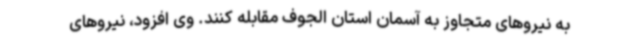
به نیروهای متجاوز به آسمان استان الجوف مقابله کنند. وی افزود، نیروهای